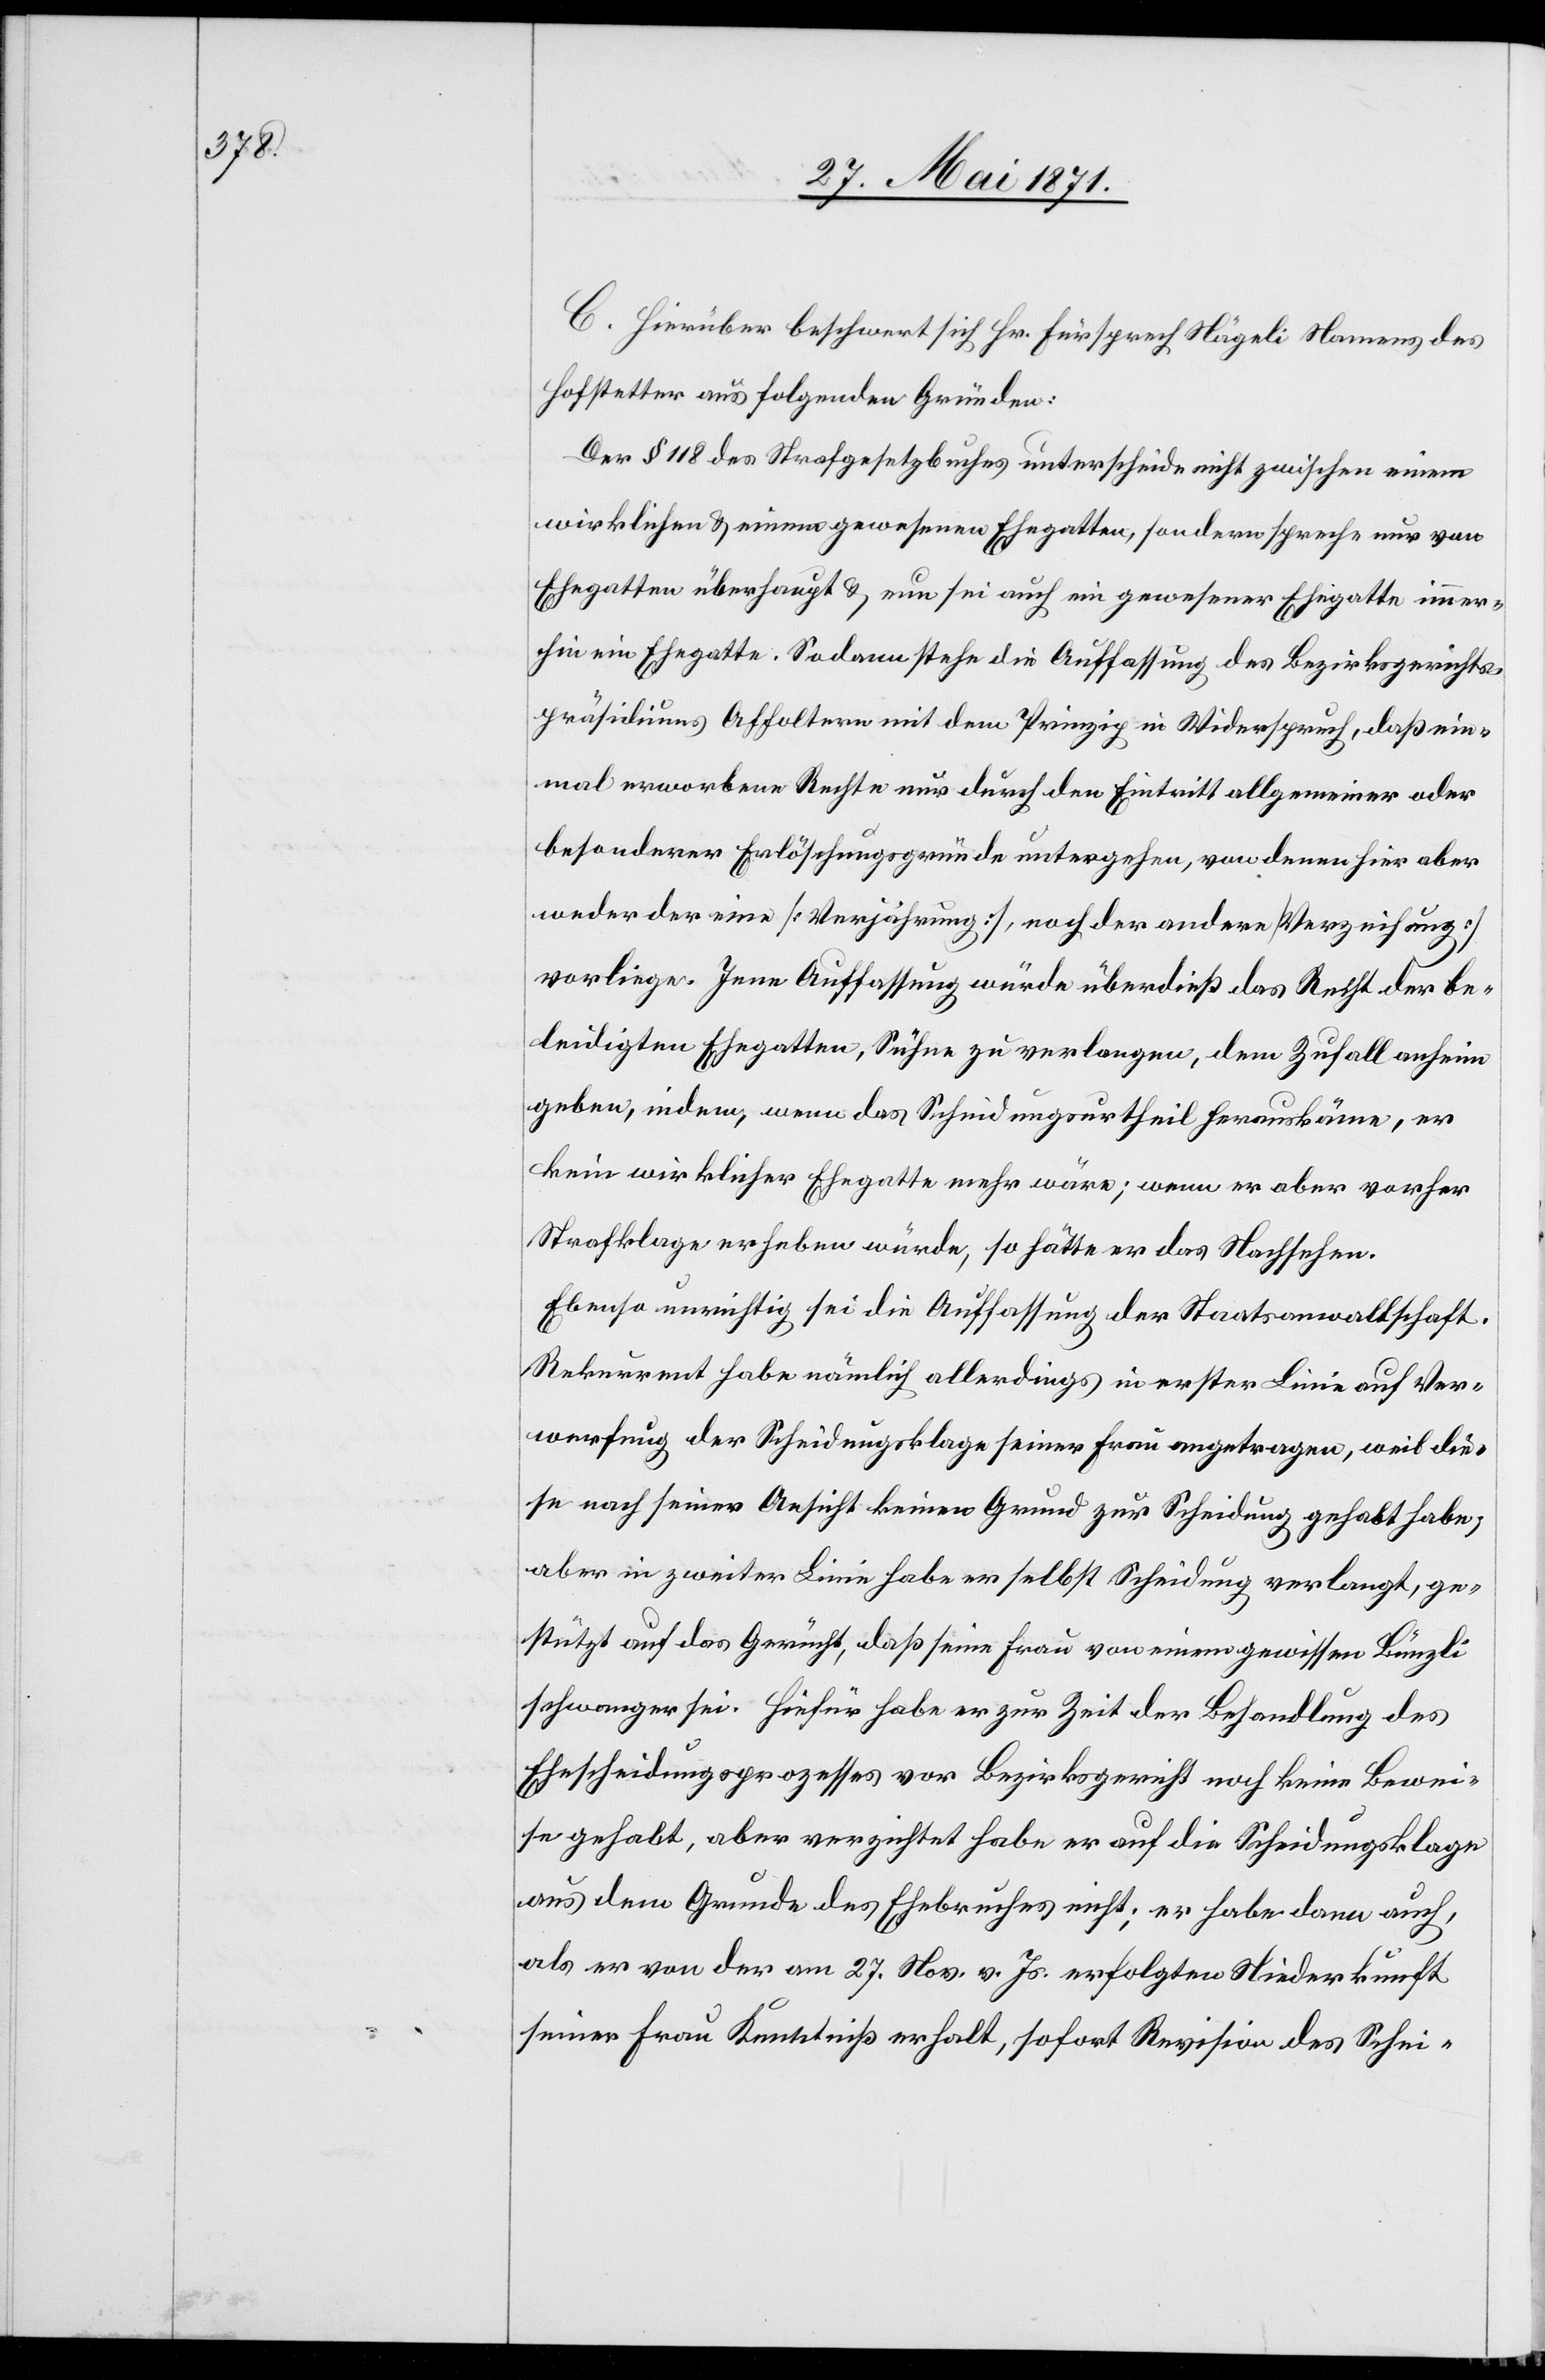
C. Hierüber beschwert sich Hr. Fürsprech Nägeli Namens des
Hofstetter aus folgenden Gründen:
Der § 118 des Strafgesetzbuches unterscheide nicht zwischen einem
wirklichen u. einem gewesenen Ehegatten, sondern spreche nur von
Ehegatten überhaupt u. nun sei auch ein gewesener Ehegatte immer¬
hin ein Ehegatte. Sodann stehe die Auffassung des Bezirksgerichts¬
präsidiums Affoltern mit dem Prinzip in Widerspruch, daß ein¬
mal erworbene Rechte nur durch den Eintritt allgemeiner oder
besonderer Erlöschungsgründe untergehen, von denen hier aber
weder der eine [Verjährung], noch der andere [Verzeihung]
vorliege. Jene Auffassung würde überdieß das Recht der be¬
leidigten Ehegatten, Sühne zu verlangen, dem Zufall anheim
geben, indem, wenn das Scheidungsurtheil herauskäme, er
kein wirklicher Ehegatte mehr wäre; wenn er aber vorher
Strafklage erheben würde, so hätte er das Nachsehen.
Ebenso unrichtig sei die Auffassung der Staatsanwaltschaft,
Rekurrent habe nämlich allerdings in erster Linie auf Ver¬
werfung der Scheidungsklage seiner Frau angetragen, weil die¬
se nach seiner Ansicht keinen Grund zur Scheidung gehabt habe,
aber in zweiter Linie habe er selbst Scheidung verlangt, ge¬
stützt auf das Gerücht, daß seine Frau von einem gewissen Bünzli
schwanger sei. Hiefür habe er zur Zeit der Behandlung des
Ehescheidungsprozesses vor Bezirksgericht noch keine Bewei¬
se gehabt, aber verzichtet habe er auf die Scheidungsklage
aus dem Grunde des Ehebruches nicht; er habe dann auch,
als er von der am 27. Nov. v. Js. erfolgten Niederkunft
seiner Frau Kenntniß erhalt [sic!], sofort Revision des Schei-